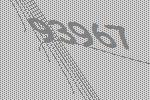
93967